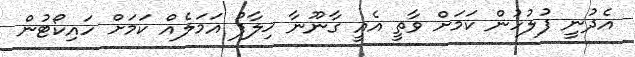
އެދުނީ ފުލުހުން ކަމަށް ވާތީ އެއީ ގާނޫނާ ޚިލާފު އަމަލެއް ކަަމަށް ހައިކޯޓުން